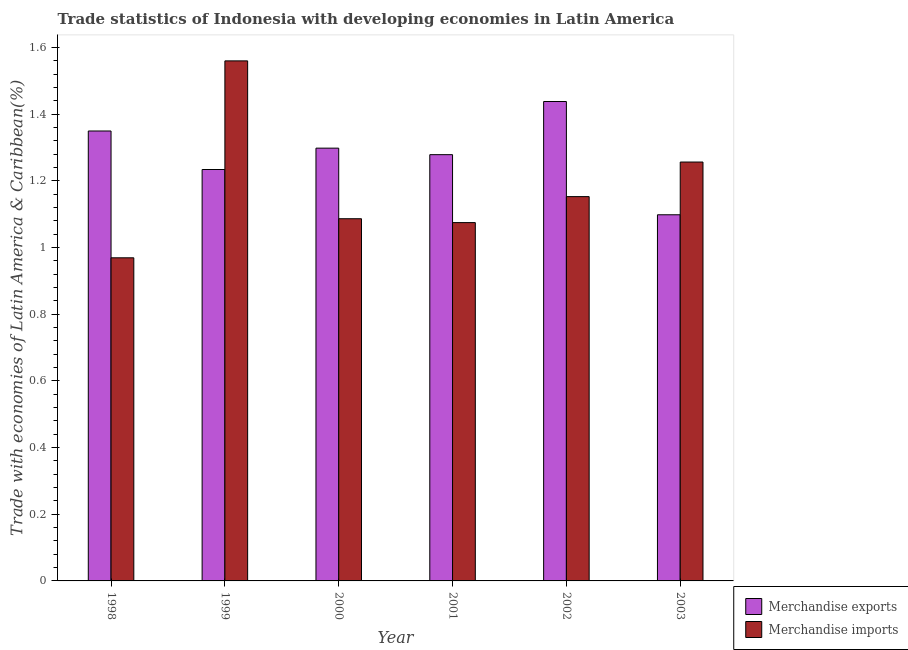
| Year | Merchandise exports | Merchandise imports |
 | --- | --- | --- |
 | 1998 | 1.35 | 0.969 |
 | 1999 | 1.23 | 1.56 |
 | 2000 | 1.3 | 1.09 |
 | 2001 | 1.28 | 1.07 |
 | 2002 | 1.44 | 1.15 |
 | 2003 | 1.1 | 1.26 |